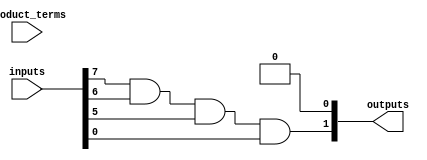
module hs_pal (
    input wire [N-1:0] inputs,        // N input lines
    input wire [M-1:0] product_terms,  // M product term selection lines
    output wire [P-1:0] outputs        // P output lines
);
    parameter N = 8; // Number of input lines
    parameter M = 4; // Number of product terms
    parameter P = 2; // Number of output lines

    // Programmable AND array
    wire [M-1:0] and_outputs; // Outputs of the AND gates
    wire [N-1:0] and_select [M-1:0]; // Configuration for each AND gate

    // Example configuration for AND gates (can be programmed)
    assign and_select[0] = {inputs[0], inputs[1], 1'b0, inputs[3]}; // AND gate 0
    assign and_select[1] = {inputs[2], inputs[3], inputs[4], 1'b0}; // AND gate 1
    assign and_select[2] = {inputs[1], inputs[4], inputs[5], 1'b0}; // AND gate 2
    assign and_select[3] = {inputs[0], inputs[5], inputs[6], inputs[7]}; // AND gate 3

    // Generate AND gate outputs
    genvar i;
    generate
        for (i = 0; i < M; i = i + 1) begin : and_gate
            assign and_outputs[i] = and_select[i][0] & and_select[i][1] & and_select[i][2] & and_select[i][3];
        end
    endgenerate

    // Fixed OR array
    assign outputs[0] = and_outputs[0] | and_outputs[1]; // OR gate 0
    assign outputs[1] = and_outputs[2] | and_outputs[3]; // OR gate 1

endmodule